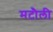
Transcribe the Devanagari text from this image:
मटौली